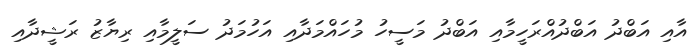
އާއި އަބްދު އަބްދުއްރަހީމާއި އަބްދު މަސީހު މުހައްމަދާއި އަހުމަދު ސަލީމާއި ރިޔާޒު ރަޝީދާއި